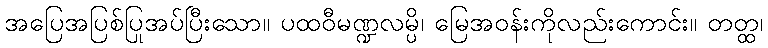
အပြေအပြစ်ပြုအပ်ပြီးသော။ ပထဝီမဏ္ဍလမ္ပိ၊ မြေအဝန်းကိုလည်းကောင်း။ တတ္ထ၊